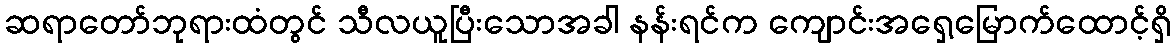
ဆရာတော်ဘုရားထံတွင် သီလယူပြီးသောအခါ နန်းရင်က ကျောင်းအရှေ့မြောက်ထောင့်ရှိ